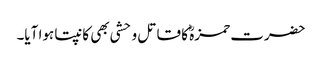
حضرت حمزہؓ کا قاتل وحشی بھی کانپتا ہوا آیا۔